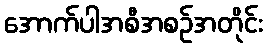
အောက်ပါအစီအစဉ်အတိုင်း